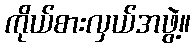
ကိုယ်စားလှယ်အဖွဲ့။